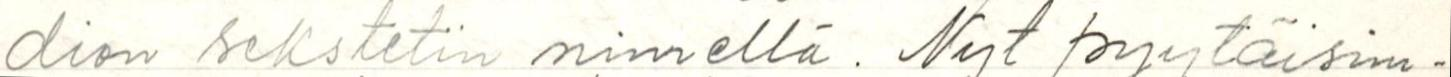
dion sekstetin nimellä. Nyt pyytäisim-